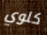
كلوي